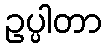
ဥပ္ပါတာ